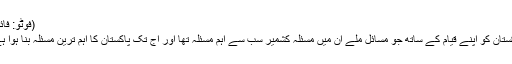
(فوٹو: فائل)
پاکستان کو اپنے قیام کے ساتھ جو مسائل ملے ان میں مسئلہ کشمیر سب سے اہم مسئلہ تھا اور آج تک پاکستان کا اہم ترین مسئلہ بنا ہوا ہے۔